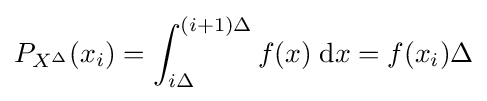
P_{X^{\Delta }}(x_{i})=\int _{i\Delta }^{(i+1)\Delta }f(x)\;\mathrm {d} x=f(x_{i})\Delta